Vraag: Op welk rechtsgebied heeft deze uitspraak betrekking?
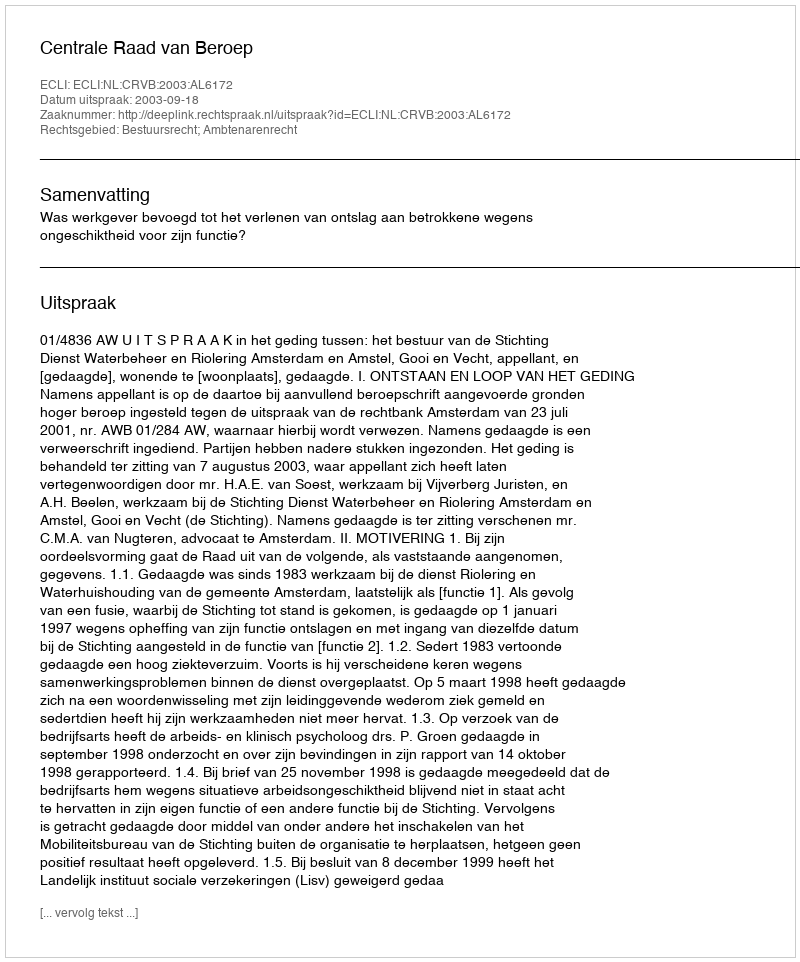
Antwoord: Bestuursrecht; Ambtenarenrecht